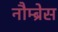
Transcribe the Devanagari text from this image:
नौम्ब्रेस